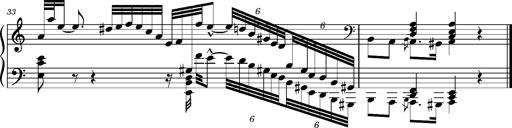
Title: Ungarischer Romanzero
Composer: Franz Liszt